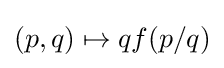
(p,q)\mapsto qf(p/q)